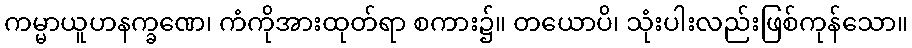
ကမ္မာယူဟနက္ခဏေ၊ ကံကိုအားထုတ်ရာ စကား၌။ တယောပိ၊ သုံးပါးလည်းဖြစ်ကုန်သော။